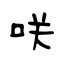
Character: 咲